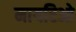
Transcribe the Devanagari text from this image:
मायरिओ